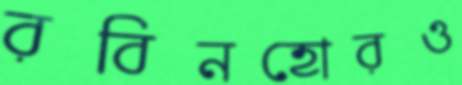
রবিনহোরও